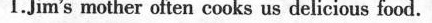
1.Jim's mother often cooks us delicious food.